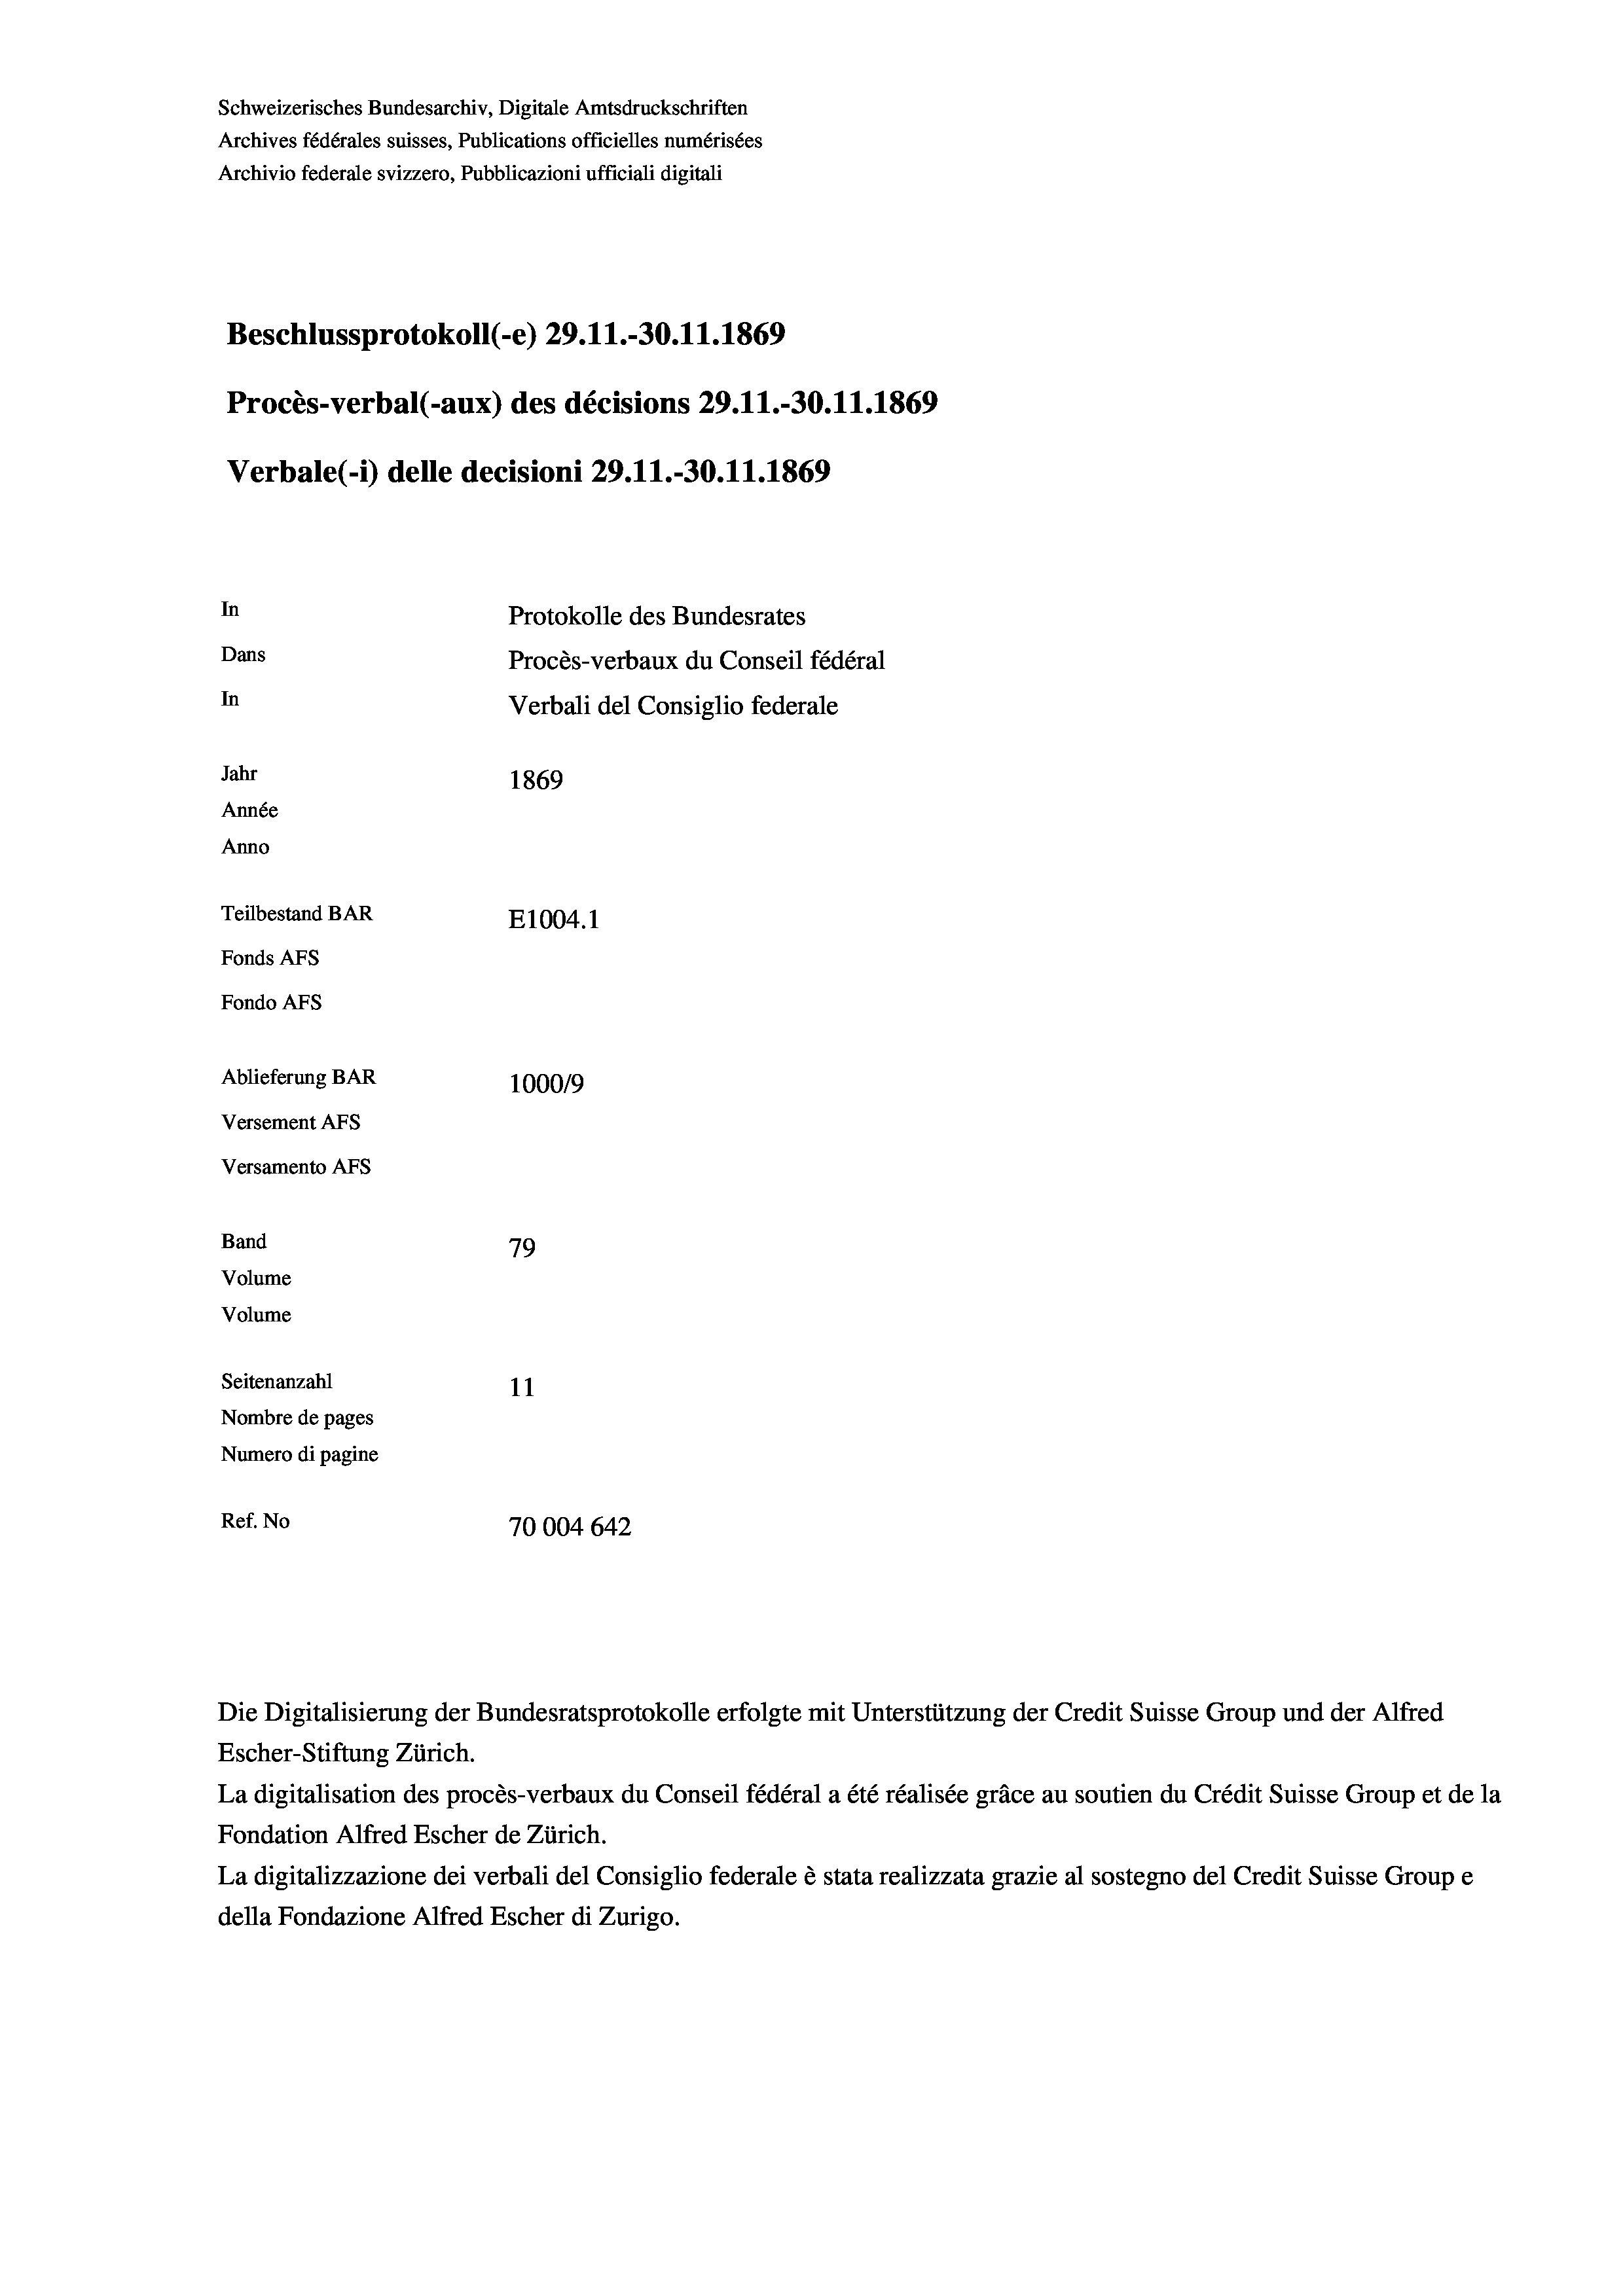
Schweizerisches Bundesarchiv, Digitale Amtsdruckschriften
Archives fédérales suisses, Publications officielles numérisées
Archivio federale svizzero, Pubblicazioni ufficiali digitali
Beschlussprotokoll (-e) 29.11.-30.11.1869
Procès-verbal (-aux) des décisions 29.11.-30.11.1869
Verbale(-*) delle decisioni 29. 11.-30.11.1869
In
Protokolle des Bundesrates
Dans
Procès-verbaux du Conseil fédéral
In
Verbali del Consiglio federale
Jahr
1869
Année
Anno
Teilbestand BAR
E1004. 1
Fonds AFs
Fondo AFs
Ablieferung BAR
100019
Versement As
Versamento AFs
Band
79
Volume
Volume
Seitenanzahl
11
Nombre de pages
Numero di pagine
Ref. No
70004 642

Escher-Stiftung Zürich.
La digitalisation des procès-verbaux du Conseil fédéral a été réalisée gräce au soutien du Crédit Suisse Group et de la
Fondation Alfred Escher de Zürich.
La digitalizzazione dei verbali del Consiglio federale è stata realizzata grazie al sostegno del Credit Suisse Groupe
della Fondazione Alfred Escher di Zurigo.

Die Digitalisierung der Bundesratsprotokolle erfolgte mit Unterstützung der Credit Suisse Group und der Alfred